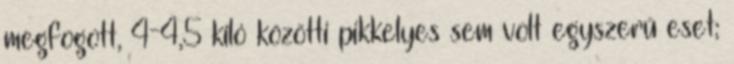
megfogott, 4-4,5 kiló közötti pikkelyes sem volt egyszerű eset;